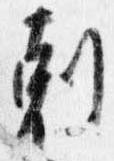
剋